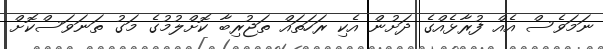
ނަމަވެސް އެއް ފުރާޅެއްގެ ދަށުން އެކި ރަހަތައް ތަޖުރިބާ ކޮށްލުމުގެ މަގު ތަނަވަސްކޮށް